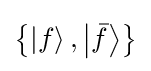
\left\{\left|f\right\rangle ,\left|{\bar {f}}\right\rangle \right\}